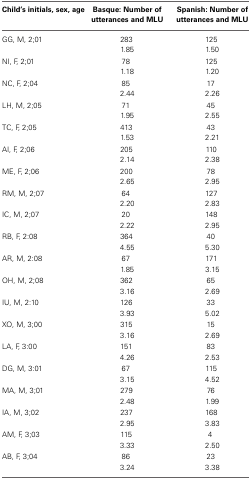
| Child's initials, sex, age | Basque: Number of utterances and MLU | Spanish: Number of utterances and MLU |
 | --- | --- | --- |
 | <ROWSPAN=2> GG, M, 2;01 | 283 | 125 |
 | 1.85 | 1.50 |
 | <ROWSPAN=2> NI, F, 2;01 | 78 | 125 |
 | 1.18 | 1.20 |
 | <ROWSPAN=2> NC, F, 2;04 | 85 | 17 |
 | 2.44 | 2.26 |
 | <ROWSPAN=2> LH, M, 2;05 | 71 | 45 |
 | 1.95 | 2.55 |
 | <ROWSPAN=2> TC, F, 2;05 | 413 | 43 |
 | 1.53 | 2.21 |
 | <ROWSPAN=2> AI, F, 2;06 | 205 | 110 |
 | 2.14 | 2.38 |
 | <ROWSPAN=2> ME, F, 2;06 | 200 | 78 |
 | 2.65 | 2.95 |
 | <ROWSPAN=2> RM, M, 2;07 | 64 | 127 |
 | 2.20 | 2.83 |
 | <ROWSPAN=2> IC, M, 2;07 | 20 | 148 |
 | 2.22 | 2.95 |
 | <ROWSPAN=2> RB, F, 2:08 | 364 | 40 |
 | 4.55 | 5.30 |
 | <ROWSPAN=2> AR, M, 2:08 | 67 | 171 |
 | 1.85 | 3.15 |
 | <ROWSPAN=2> OH, M, 2;08 | 362 | 65 |
 | 3.16 | 2.69 |
 | <ROWSPAN=2> IU, M, 2:10 | 126 | 33 |
 | 3.93 | 5.02 |
 | <ROWSPAN=2> XO, M, 3;00 | 315 | 15 |
 | 3.16 | 2.69 |
 | <ROWSPAN=2> LA, F, 3:00 | 151 | 83 |
 | 4.26 | 2.53 |
 | <ROWSPAN=2> DG, M, 3:01 | 67 | 115 |
 | 3.15 | 4.52 |
 | <ROWSPAN=2> MA, M, 3;01 | 279 | 76 |
 | 2.48 | 1.99 |
 | <ROWSPAN=2> IA, M, 3;02 | 237 | 168 |
 | 2.95 | 3.83 |
 | <ROWSPAN=2> AM, F, 3;03 | 115 | 4 |
 | 3.33 | 2.50 |
 | <ROWSPAN=2> AB, F, 3;04 | 86 | 23 |
 | 3.24 | 3.38 |